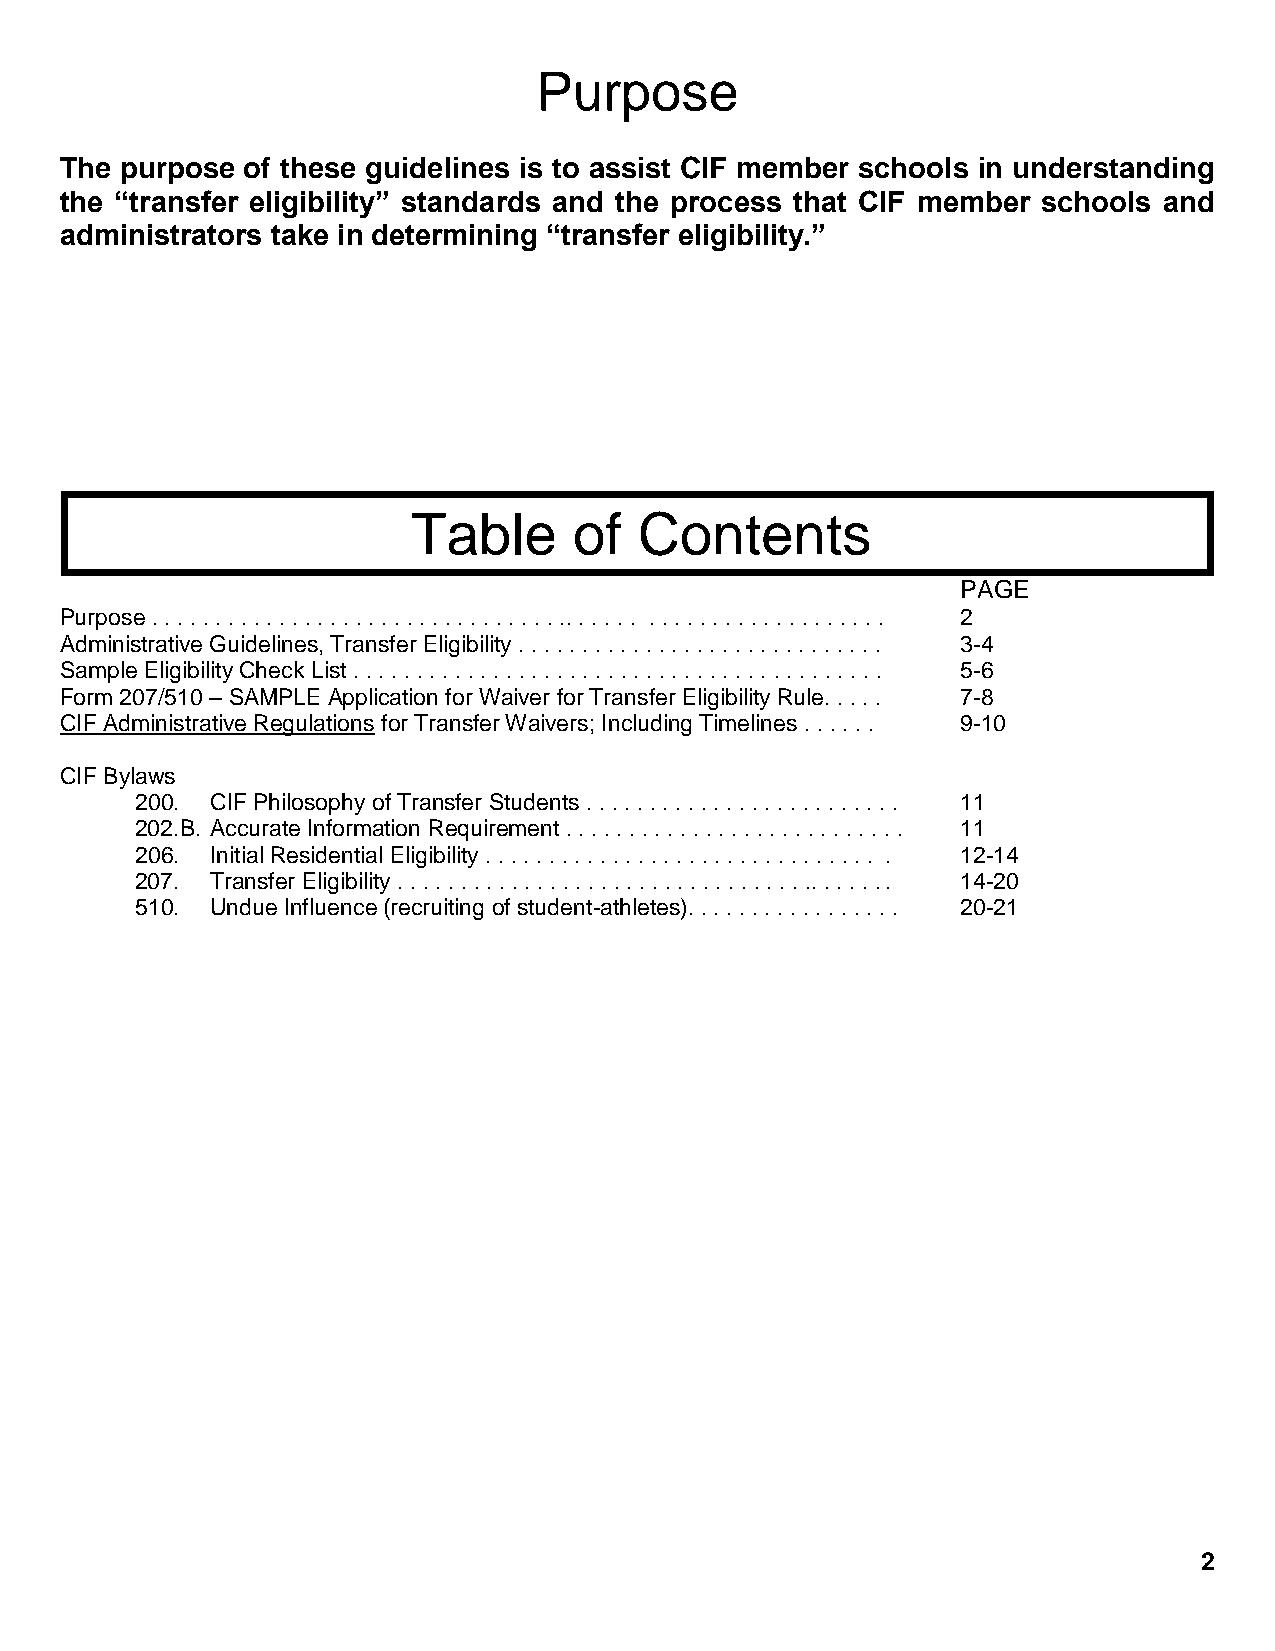
Purpose
 The purpose of these guidelines is to assist CIF member schools in understanding
 the “transfer eligibility” standards and the process that CIF member schools and
 administrators take in determining “transfer eligibility.”
 Table      of  Contents
 PAGE
 Purpose . . . . . . . . . . . . . . . . . . . . . . . . . . . . . . . . .. . . . . . . . . . . . . . . . . . . . . . . . . 2
 Administrative Guidelines, Transfer Eligibility . . . . . . . . . . . . . . . . . . . . . . . . . . . . . 3-4
 Sample Eligibility Check List . . . . . . . . . . . . . . . . . . . . . . . . . . . . . . . . . . . . . . . . . . 5-6
 Form 207/510 – SAMPLE Application for Waiver for Transfer Eligibility Rule. . . . . 7-8
 CIF Administrative Regulations for Transfer Waivers; Including Timelines . . . . . . 9-10
 CIF Bylaws
 200. CIF Philosophy of Transfer Students . . . . . . . . . . . . . . . . . . . . . . . . . 11
 202.B. Accurate Information Requirement . . . . . . . . . . . . . . . . . . . . . . . . . . . 11
 206. Initial Residential Eligibility . . . . . . . . . . . . . . . . . . . . . . . . . . . . . . . . 12-14
 207. Transfer Eligibility . . . . . . . . . . . . . . . . . . . . . . . . . . . . . . . . .. . . . . . . 14-20
 510. Undue Influence (recruiting of student-athletes). . . . . . . . . . . . . . . . . 20-21
 2